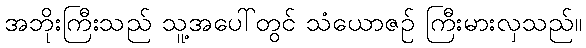
အဘိုးကြီးသည် သူ့အပေါ်တွင် သံယောဇဉ် ကြီးမားလှသည်။